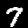
Label: 7